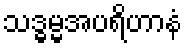
သဒ္ဓမ္မအပရိဟာနံ